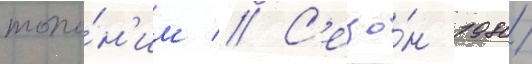
топо́н'им // С'езо́н 1980/